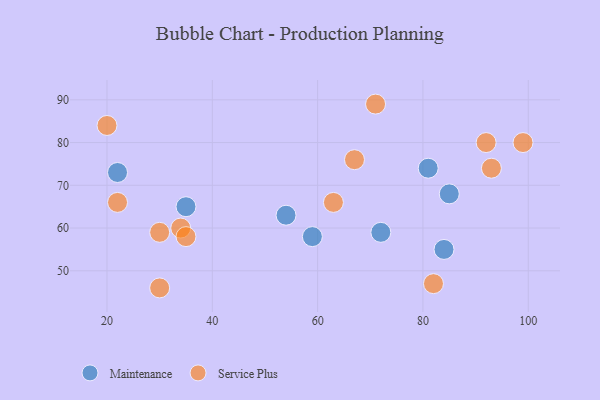
{"axis": {"x": "GDP", "y": "Life Expectancy"}, "legend": ["Maintenance", "Service Plus"], "data": [{"x": "35", "y": 65, "type": "Maintenance"}, {"x": "85", "y": 68, "type": "Maintenance"}, {"x": "22", "y": 73, "type": "Maintenance"}, {"x": "54", "y": 63, "type": "Maintenance"}, {"x": "72", "y": 59, "type": "Maintenance"}, {"x": "84", "y": 55, "type": "Maintenance"}, {"x": "81", "y": 74, "type": "Maintenance"}, {"x": "59", "y": 58, "type": "Maintenance"}, {"x": "20", "y": 84, "type": "Service Plus"}, {"x": "99", "y": 80, "type": "Service Plus"}, {"x": "93", "y": 74, "type": "Service Plus"}, {"x": "30", "y": 46, "type": "Service Plus"}, {"x": "22", "y": 66, "type": "Service Plus"}, {"x": "71", "y": 89, "type": "Service Plus"}, {"x": "92", "y": 80, "type": "Service Plus"}, {"x": "30", "y": 59, "type": "Service Plus"}, {"x": "63", "y": 66, "type": "Service Plus"}, {"x": "82", "y": 47, "type": "Service Plus"}, {"x": "34", "y": 60, "type": "Service Plus"}, {"x": "67", "y": 76, "type": "Service Plus"}, {"x": "35", "y": 58, "type": "Service Plus"}]}